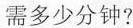
需多少分钟?